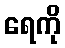
ရေကို